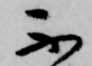
不